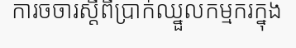
ការចចារស្តីពីប្រាក់ឈ្នួលកម្មករក្នុង